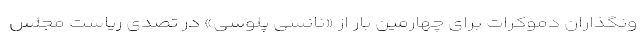
ونگذاران دموکرات برای چهارمین بار از «نانسی پلوسی» در تصدی ریاست مجلس